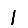
Digit: 1